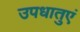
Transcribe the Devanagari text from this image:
उपधातुएं